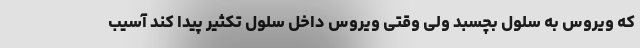
که ویروس به سلول بچسبد ولی وقتی ویروس داخل سلول تکثیر پیدا کند آسیب